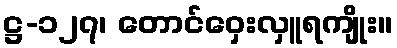
ဋ္ဌ-၁၂၇၊ တောင်ဝှေးလှူရကျိုး။